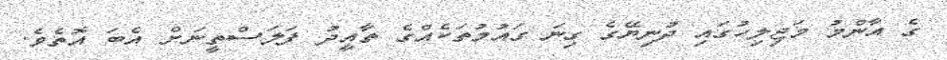
ގެ އާންމު މަޖިލިހުގައި ދުނިޔޭގެ ގިނަ ގައުމުތަކެއްގެ ތާއީދު ފަލަސްތީނަށް އެބަ އޮތެވެ.